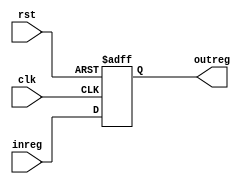
`timescale 1ns/1ns
module Reg_A(input clk,rst,input[7:0] inreg,output reg[7:0] outreg);
  always@ (posedge clk,posedge rst) begin
    if(rst) outreg=8'b 00000000;
    else  outreg=inreg;
  end
endmodule